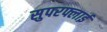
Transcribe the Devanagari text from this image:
सुपरफ्लाई